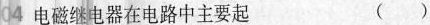
04 电磁继电器在电路中主要起 ( )